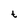
Character: t